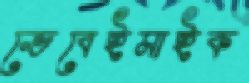
ভেবেইমাইক